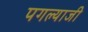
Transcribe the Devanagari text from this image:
पगल्याजी